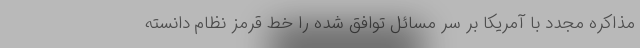
مذاکره مجدد با آمریکا بر سر مسائل توافق شده را خط قرمز نظام دانسته